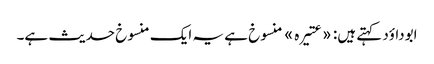
ابوداؤد کہتے ہیں: «عتیرہ» منسوخ ہے یہ ایک منسوخ حدیث ہے۔